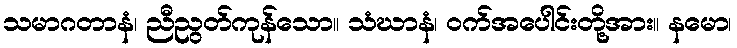
သမာဂတာနံ၊ ညီညွတ်ကုန်သော။ သံဃာနံ၊ ဝက်အပေါင်းတို့အား။ နမော၊